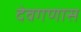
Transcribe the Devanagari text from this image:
देवगणास